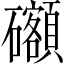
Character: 𥗳